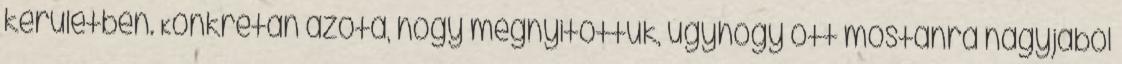
kerületben. Konkrétan azóta, hogy megnyitottuk, úgyhogy ott mostanra nagyjából